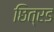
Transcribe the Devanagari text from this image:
छित्रड